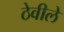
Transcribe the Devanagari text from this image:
ठेवीले